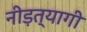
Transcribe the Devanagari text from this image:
नीड़त्यागी